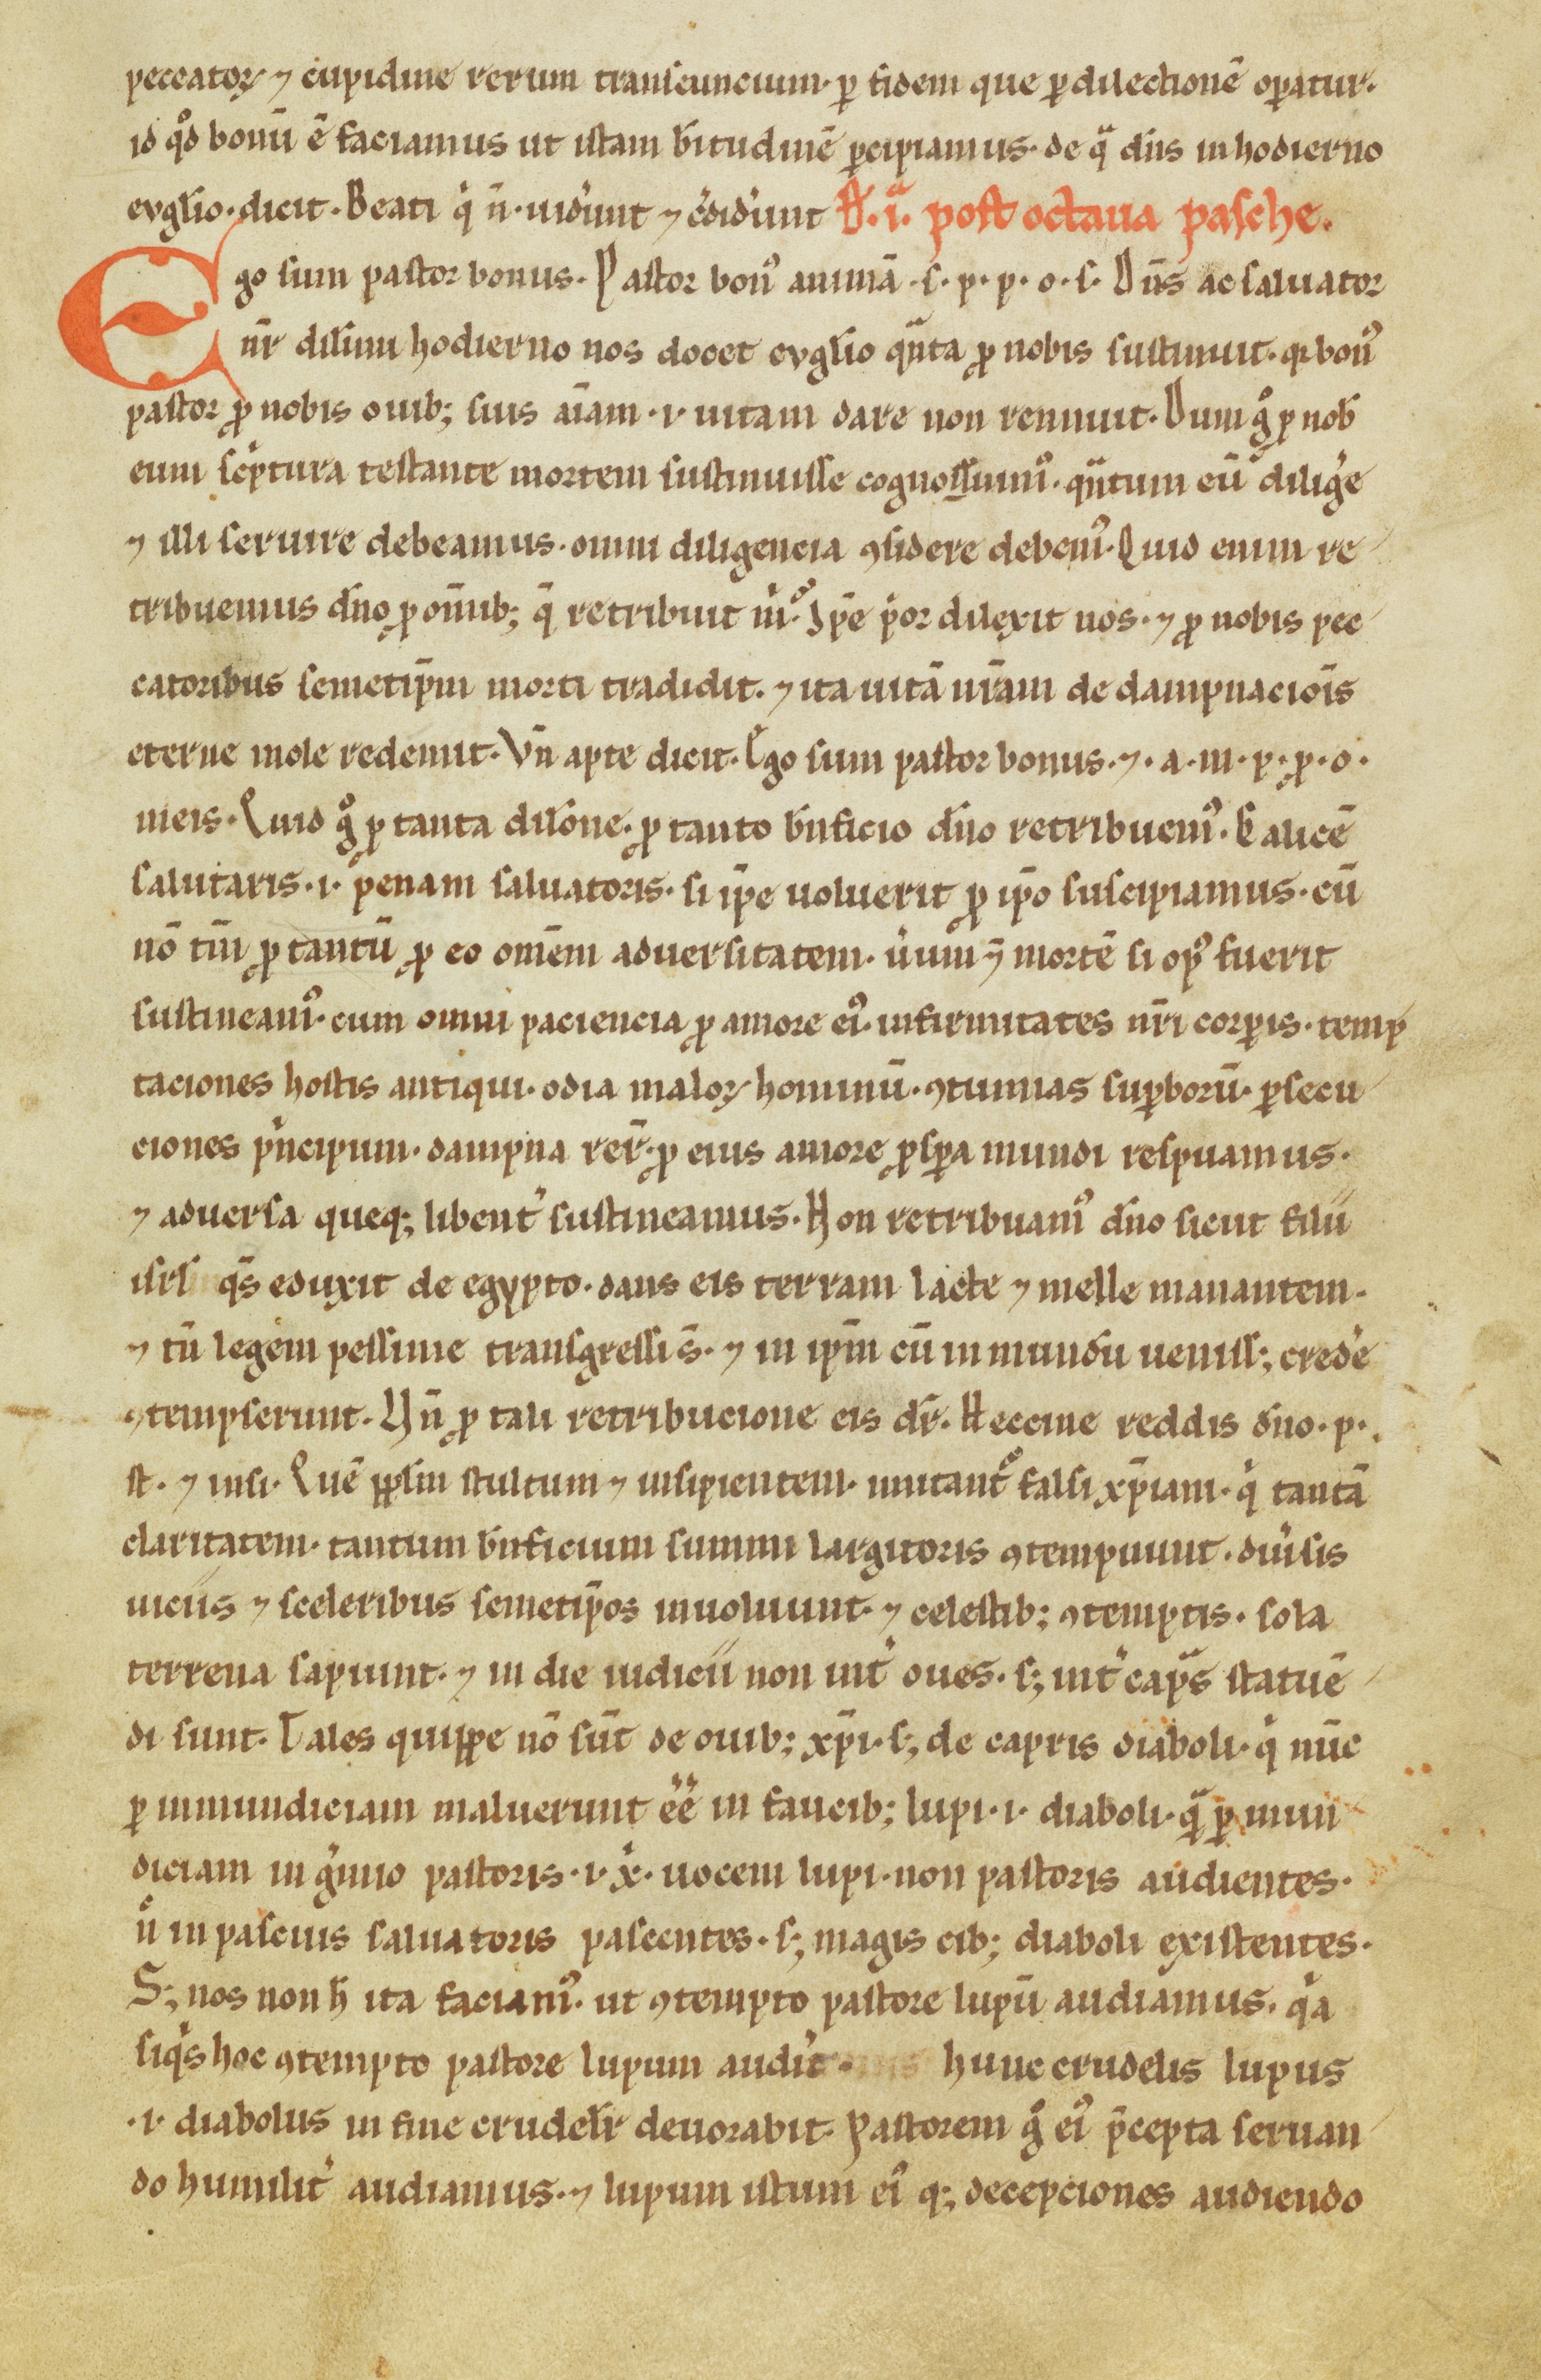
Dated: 1100–1299